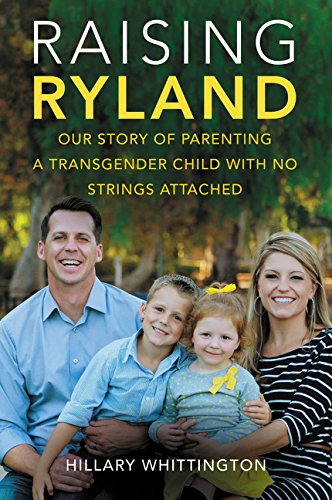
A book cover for Raising Ryland: Our Story of Parenting a Transgender Child with No Strings Attached; Hillary Whittington; Gay & Lesbian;